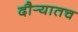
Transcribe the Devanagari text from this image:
दौर्‍यातच